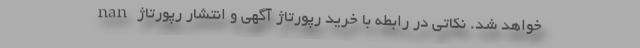
خواهد شد. نکاتی در رابطه با خرید رپورتاژ آگهی و انتشار رپورتاژ nan